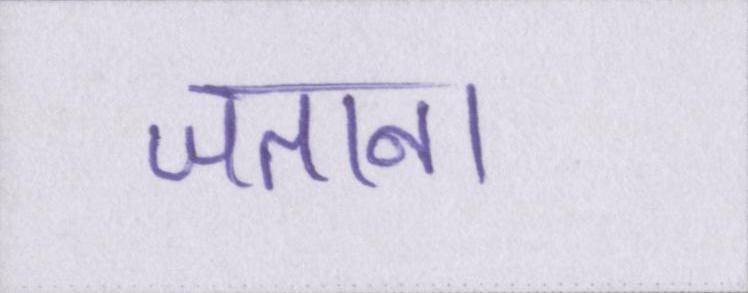
जताना